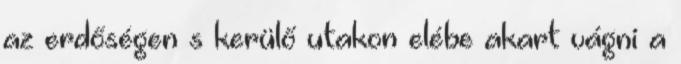
az erdőségen s kerülő utakon elébe akart vágni a